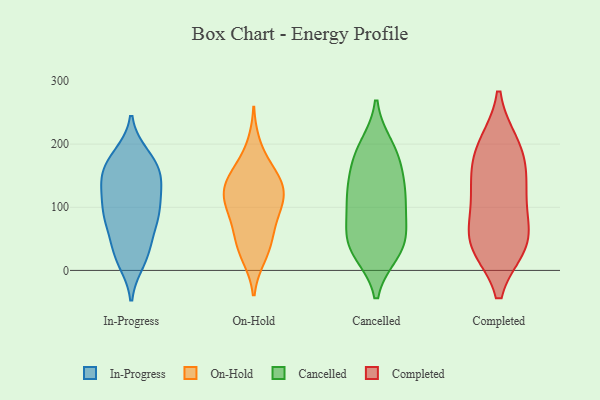
{"axis": {"x": "Shipments", "y": "Value"}, "legend": ["Cancelled", "Completed", "In-Progress", "On-Hold"], "data": [{"x": "", "y": 28, "type": "In-Progress"}, {"x": "", "y": 167, "type": "In-Progress"}, {"x": "", "y": 83, "type": "In-Progress"}, {"x": "", "y": 88, "type": "In-Progress"}, {"x": "", "y": 181, "type": "In-Progress"}, {"x": "", "y": 166, "type": "In-Progress"}, {"x": "", "y": 31, "type": "In-Progress"}, {"x": "", "y": 27, "type": "In-Progress"}, {"x": "", "y": 135, "type": "In-Progress"}, {"x": "", "y": 176, "type": "In-Progress"}, {"x": "", "y": 137, "type": "In-Progress"}, {"x": "", "y": 137, "type": "In-Progress"}, {"x": "", "y": 81, "type": "In-Progress"}, {"x": "", "y": 129, "type": "In-Progress"}, {"x": "", "y": 103, "type": "In-Progress"}, {"x": "", "y": 158, "type": "In-Progress"}, {"x": "", "y": 86, "type": "In-Progress"}, {"x": "", "y": 79, "type": "In-Progress"}, {"x": "", "y": 16, "type": "In-Progress"}, {"x": "", "y": 50, "type": "On-Hold"}, {"x": "", "y": 21, "type": "On-Hold"}, {"x": "", "y": 130, "type": "On-Hold"}, {"x": "", "y": 66, "type": "On-Hold"}, {"x": "", "y": 99, "type": "On-Hold"}, {"x": "", "y": 112, "type": "On-Hold"}, {"x": "", "y": 84, "type": "On-Hold"}, {"x": "", "y": 152, "type": "On-Hold"}, {"x": "", "y": 49, "type": "On-Hold"}, {"x": "", "y": 199, "type": "On-Hold"}, {"x": "", "y": 24, "type": "On-Hold"}, {"x": "", "y": 156, "type": "On-Hold"}, {"x": "", "y": 130, "type": "On-Hold"}, {"x": "", "y": 134, "type": "On-Hold"}, {"x": "", "y": 110, "type": "On-Hold"}, {"x": "", "y": 157, "type": "On-Hold"}, {"x": "", "y": 107, "type": "On-Hold"}, {"x": "", "y": 58, "type": "Cancelled"}, {"x": "", "y": 141, "type": "Cancelled"}, {"x": "", "y": 121, "type": "Cancelled"}, {"x": "", "y": 196, "type": "Cancelled"}, {"x": "", "y": 118, "type": "Cancelled"}, {"x": "", "y": 45, "type": "Cancelled"}, {"x": "", "y": 30, "type": "Cancelled"}, {"x": "", "y": 159, "type": "Cancelled"}, {"x": "", "y": 189, "type": "Cancelled"}, {"x": "", "y": 181, "type": "Cancelled"}, {"x": "", "y": 67, "type": "Cancelled"}, {"x": "", "y": 29, "type": "Cancelled"}, {"x": "", "y": 36, "type": "Cancelled"}, {"x": "", "y": 99, "type": "Cancelled"}, {"x": "", "y": 108, "type": "Cancelled"}, {"x": "", "y": 199, "type": "Completed"}, {"x": "", "y": 199, "type": "Completed"}, {"x": "", "y": 44, "type": "Completed"}, {"x": "", "y": 42, "type": "Completed"}, {"x": "", "y": 121, "type": "Completed"}, {"x": "", "y": 122, "type": "Completed"}, {"x": "", "y": 41, "type": "Completed"}, {"x": "", "y": 40, "type": "Completed"}, {"x": "", "y": 174, "type": "Completed"}, {"x": "", "y": 83, "type": "Completed"}, {"x": "", "y": 151, "type": "Completed"}]}